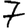
Digit: 7